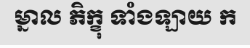
ម្នាល ភិក្ខុ ទាំងឡាយ ក